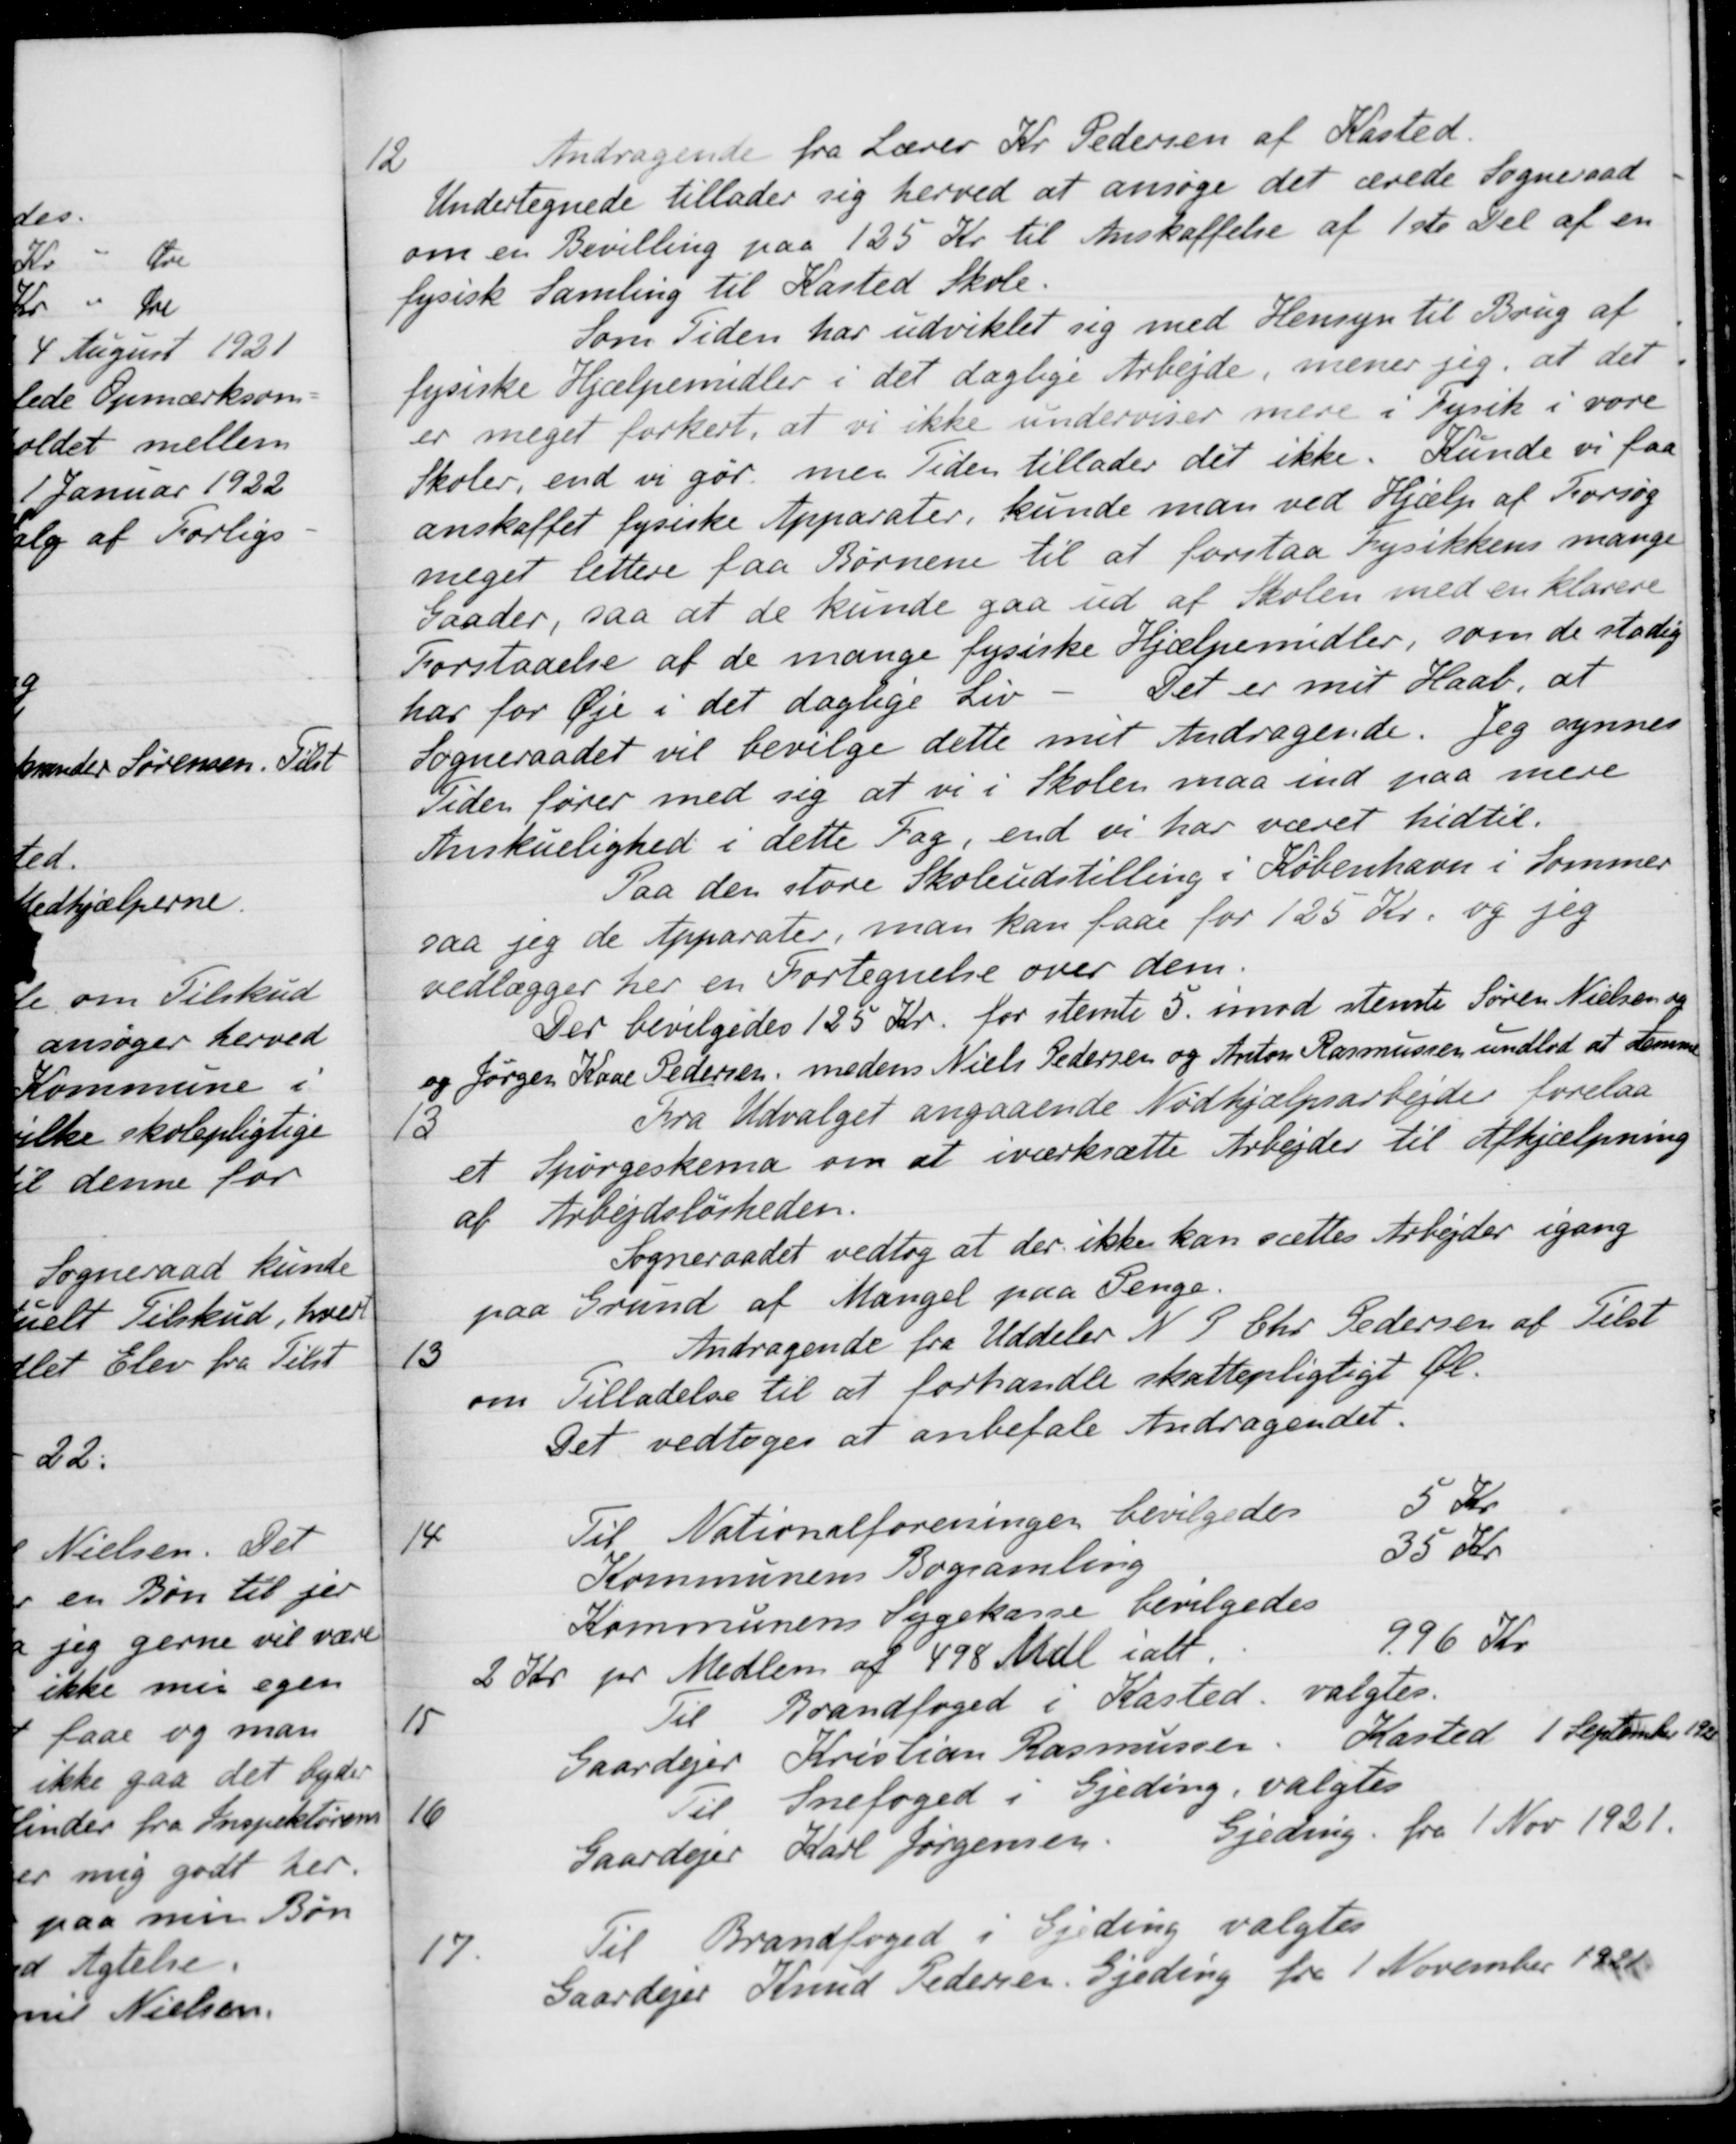
Transskription:
12
Andragende fra Lærer Kr. Pedersen af Kasted.
Undertegnede tillader sig herved at ansøge det ærede Sogneraad
om en Bevilling paa 125 Kr til Anskaffelse af 1ste Del af en
fysisk Samling til Kasted Skole.
Som Tiden har udviklet sig med Hensyn til Brug af
fysiske Hjælpemidler i det daglige Arbejde, mener jeg, at det
er meget forkert, at vi ikke underviser mere i Fysik i vore
Skoler, end vi gør, men Tiden tillader det ikke
Kunde vi faa
anskaffet fysiske Apparater, kunde man ved Hjælp af Forsøg
meget lettere faa Børnene til at forstaa Fysikkens mange
Gaader, saa at de kunde gaa ud af Skolen med en klarere
Forstaaelse af de mange fysiske Hjælpemidler, som de stadig
har for Øje i det daglige Liv
Det er mit Haab, at
Sogneraadet vil bevilge dette mit Andragende. Jeg synnes
Tiden fører med sig at vi i Skolen maa ind paa mere
Anskuelighed i dette Fag, end vi har været hidtil.
Paa den store Skoleudstilling i København i Sommer
saa jeg de Apparater, man kan faae for 125 Kr. og jeg
vedlægger her en Fortegnelse over dem.
Der bevilgedes 125 Kr. for stemte 5. imod stemte Søren Nielsen og
og Jørgen Kaae Pedersen, medens Niels Pedersen og Anton Rasmussen undlod at samme
13
Fra Udvalget angaaende Nødhjælpsarbejder forelaa
et Spørgeskema om at iværksætte Arbejder til Afhjælpning
af Arbejdsløsheden.
Sogneraadet vedtog at der ikke kan sættes Arbejder igang
paa Grund af Mangel paa Penge
13
Andragende fra Uddeler N. P. Chr. Pedersen af Tilst
om Tilladelse til at forhandle skattepligtigt Øl.
Det vedtoges at anbefale Andragendet.
14
Til Nationalforeninger bevilgedes
5 Kr
Kommunens Bogsamling
35 Kr.
Kommunens Sygekasse bevilgedes
2 Kr. pr for Medlem af 498 Mdl ialt
996 Kr.
15
Til Brandfoged i Kasted valgtes.
Gaardejer Kristian Rasmussen
Kasted 1 September 1921
16
Til Snefoged i Gjeding, valgtes
Gaardejer Karl Jørgensen
Gjeding fra 1 Nov 1921.
17
Til Brandfoged i Gjeding valgtes
Gaardejer Knud Pedersen, Gjeding fra 1 November 1921